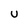
Character: u